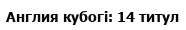
Англия кубогі: 14 титул